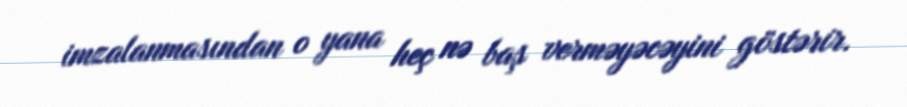
imzalanmasından o yana heç nə baş verməyəcəyini göstərir.